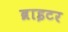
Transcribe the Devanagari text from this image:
ब्राइटर